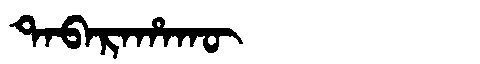
Manchu: ᡨᠠᠪᠠᡵᠠᡥᠠᡴᡡ
Romanization: TABARAHAKŪ